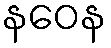
နဝေန